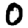
Digit: 0